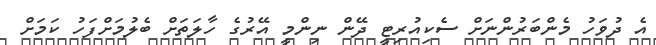
އެ ދުވަހު މެެންބަރުންނަށް ސެކިއުރިޓީ ދޭން ނިންމީ އޭރުގެ ހާލަތަށް ބެލުމަށްފަހު ކަމަށް